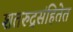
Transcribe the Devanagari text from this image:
शतरुद्रसंहितेत